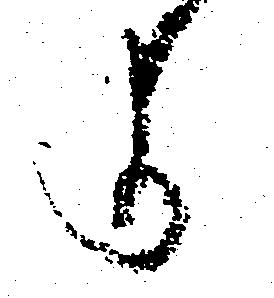
よ